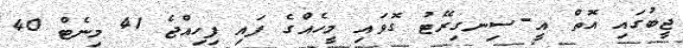
ޖީބުގައި އޮތް އީ-ސިނގިރޭޓު ގޮވައި މީހެއްގެ ފައި ފިހިއްޖެ 41 މިނެޓް 40